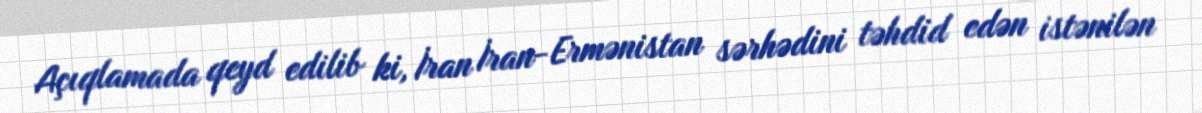
Açıqlamada qeyd edilib ki, İran İran-Ermənistan sərhədini təhdid edən istənilən